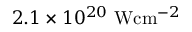
2 . 1 \times 1 0 ^ { 2 0 } ~ { \mathrm { W } \mathrm { c m } ^ { - 2 } }